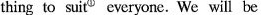
thing to suit^{1} everyone. We will be